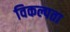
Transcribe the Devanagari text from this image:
विकल्पता